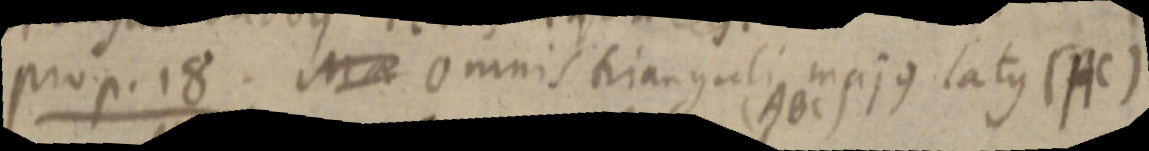
prop. 18. Ma omnis trianguli majus latus (AC)